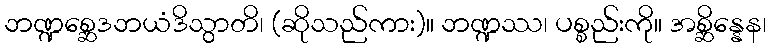
ဘဏ္ဍစ္ဆေဒဘယံဒိသွာတိ၊ (ဆိုသည်ကား)။ ဘဏ္ဍဿ၊ ပစ္စည်းကို။ အစ္ဆိန္နေန၊